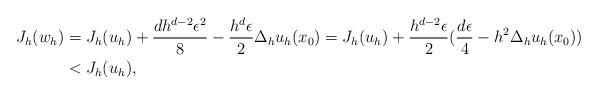
LaTeX: \begin{align*}J_h(w_h) & = J_h(u_h) + \frac{d h^{d-2} \epsilon^2}{8} - \frac{ h^d \epsilon}{2} \Delta_h u_h(x_0) = J_h(u_h) + \frac{h^{d-2} \epsilon}{2}( \frac{d \epsilon}{4} - h^2 \Delta_h u_h(x_0)) \\& < J_h(u_h),\end{align*}